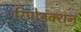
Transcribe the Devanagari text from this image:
रिप्रोडक्शन